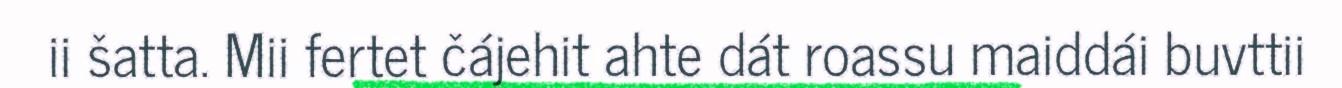
ii šatta. Mii fertet čájehit ahte dát roassu maiddái buvttii